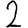
Digit: 2